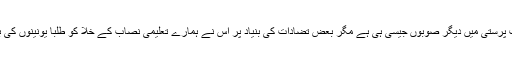
البتہ حکومت سندھ قدامت پرستی میں دیگر صوبوں جیسی ہی ہے مگر بعض تضادات کی بنیاد پر اس نے ہمارے تعلیمی نصاب کے خلا کو طلبا یونینوں کی بحالی سے پر کردیا ہے۔